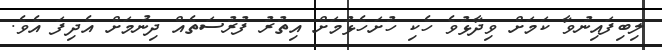
ލިބިފައިނުވާ ކަމަށް ވިދާޅުވެ ހެކި ހުށަހެޅުމަށް އިތުރު ފުރުސަތެއް ދިނުމަށް އެދިފަ އެވެ.